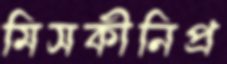
মিসকীনিপ্র